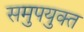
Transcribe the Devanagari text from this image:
समुपयुक्त